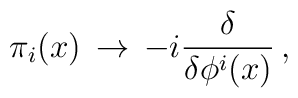
\pi_i (x)\, \to\, - i { \delta \over \delta \phi^i (x)}\, ,